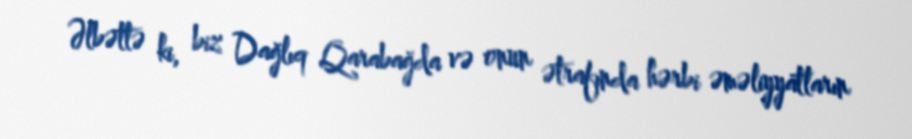
Əlbəttə ki, biz Dağlıq Qarabağda və onun ətrafında hərbi əməliyyatların